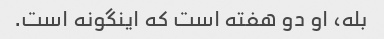
بله، او دو هفته است که اینگونه است.